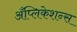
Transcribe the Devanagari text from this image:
अँप्लिकेशन्स